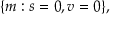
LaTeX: \{ m : s = 0 , v = 0 \} ,